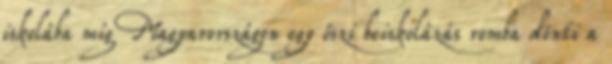
iskolába míg Magyarországon egy őszi beiskolázás romba dönti a